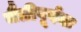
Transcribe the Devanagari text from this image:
मैत्रीपूर्वक